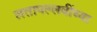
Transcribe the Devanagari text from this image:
लतापल्लवींच्या